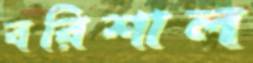
বরিশাল